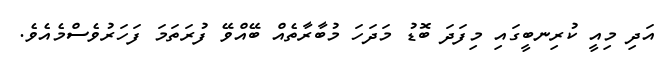
އަދި މިއީ ކުރިނބީގައި މިފަދަ ބޮޑު މަދަހަ މުބާރާތެއް ބޭއްވޭ ފުރަތަމަ ފަހަރުވެސްމެއެވެ.